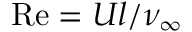
\mathrm { R e } = U l / \nu _ { \infty }